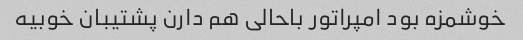
خوشمزه بود امپراتور باحالی هم دارن پشتیبان خوبیه